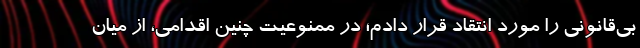
بی‌قانونی را مورد انتقاد قرار دادم؛ در ممنوعیت چنین اقدامی، از میان